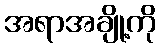
အရာအချို့ကို